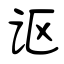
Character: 讴